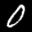
Label: 0